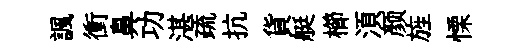
諷衝鼻功湛疏抗貨艇櫛湏颜旌慄